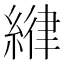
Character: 𦂻